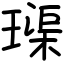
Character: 璖